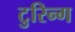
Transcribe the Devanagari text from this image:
टुरिन्ग